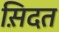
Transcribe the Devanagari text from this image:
स़िदत